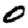
Digit: 0